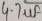
Text: 4.1µF